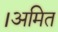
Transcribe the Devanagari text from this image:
।अमित